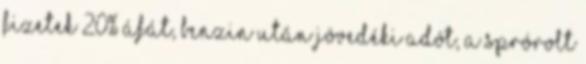
fizetek 20% áfát, benzin után jövedéki adót, a sprórolt